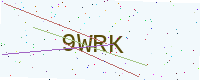
Text: 9WRK